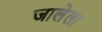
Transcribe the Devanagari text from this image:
जालेला